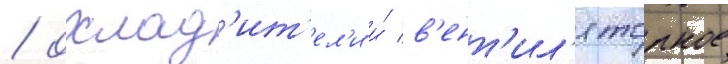
/ охлад'ит'ел'и и́ в'ент'ил'яторное